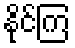
နိုင်ကြ